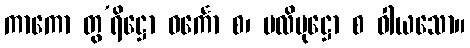
ကာကော တွ’ရိဋ္ဌော ဓင်္ကော စ၊ ဗလိပုဋ္ဌော စ ဝါယသော။